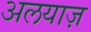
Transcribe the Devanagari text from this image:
अलयाज़